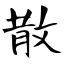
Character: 散